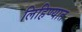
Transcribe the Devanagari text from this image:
लिहिण्‍यात